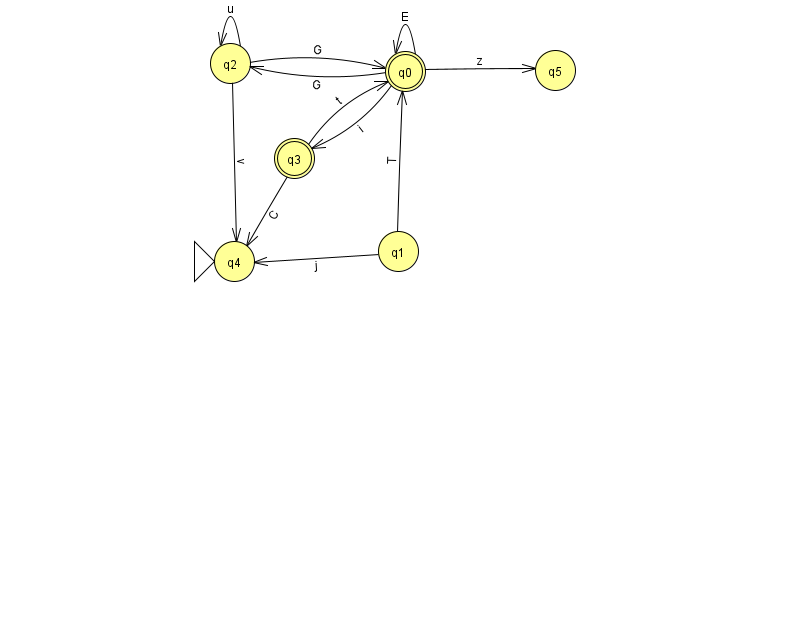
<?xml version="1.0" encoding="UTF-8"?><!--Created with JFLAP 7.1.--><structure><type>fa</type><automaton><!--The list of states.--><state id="0" name="q0"><x>405.0</x><y>58.0</y><final/></state><state id="1" name="q1"><x>398.0</x><y>238.0</y></state><state id="2" name="q2"><x>230.0</x><y>50.0</y></state><state id="3" name="q3"><x>294.0</x><y>145.0</y><final/></state><state id="4" name="q4"><x>234.0</x><y>248.0</y><initial/></state><state id="5" name="q5"><x>555.0</x><y>57.0</y></state><!--The list of transitions.--><transition><from>3</from><to>0</to><read>t</read></transition><transition><from>3</from><to>4</to><read>C</read></transition><transition><from>0</from><to>0</to><read>E</read></transition><transition><from>2</from><to>2</to><read>u</read></transition><transition><from>1</from><to>4</to><read>j</read></transition><transition><from>0</from><to>5</to><read>z</read></transition><transition><from>2</from><to>4</to><read>v</read></transition><transition><from>0</from><to>2</to><read>G</read></transition><transition><from>1</from><to>0</to><read>T</read></transition><transition><from>2</from><to>0</to><read>G</read></transition><transition><from>0</from><to>3</to><read>i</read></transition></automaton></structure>